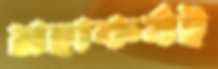
মহাকর্ষই